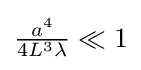
{\textstyle {\frac {a^{4}}{4L^{3}\lambda }}\ll 1}